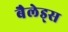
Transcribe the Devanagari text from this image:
बैलेड्स